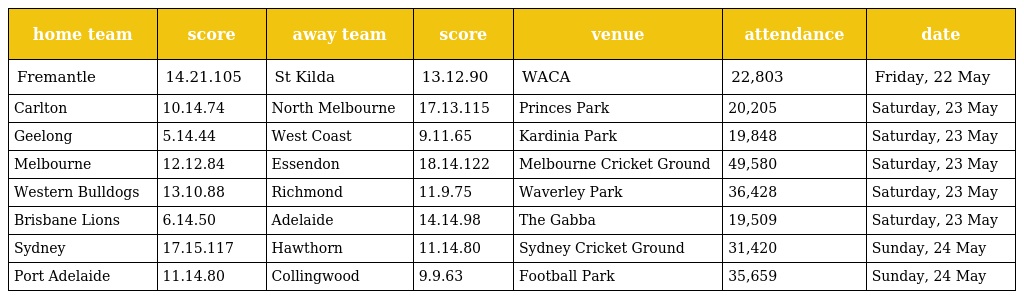
| home team | score | away team | score | venue | attendance | date |
 | --- | --- | --- | --- | --- | --- | --- |
 | Fremantle | 14.21.105 | St Kilda | 13.12.90 | WACA | 22,803 | Friday, 22 May |
 | Carlton | 10.14.74 | North Melbourne | 17.13.115 | Princes Park | 20,205 | Saturday, 23 May |
 | Geelong | 5.14.44 | West Coast | 9.11.65 | Kardinia Park | 19,848 | Saturday, 23 May |
 | Melbourne | 12.12.84 | Essendon | 18.14.122 | Melbourne Cricket Ground | 49,580 | Saturday, 23 May |
 | Western Bulldogs | 13.10.88 | Richmond | 11.9.75 | Waverley Park | 36,428 | Saturday, 23 May |
 | Brisbane Lions | 6.14.50 | Adelaide | 14.14.98 | The Gabba | 19,509 | Saturday, 23 May |
 | Sydney | 17.15.117 | Hawthorn | 11.14.80 | Sydney Cricket Ground | 31,420 | Sunday, 24 May |
 | Port Adelaide | 11.14.80 | Collingwood | 9.9.63 | Football Park | 35,659 | Sunday, 24 May |